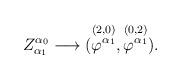
LaTeX: \begin{align*}Z^{\alpha_{0}}_{\alpha_{1}} \longrightarrow(\stackrel{(2,0)}{\varphi^{\alpha_{1}}},\stackrel{(0,2)}{\varphi^{\alpha_{1}}}).\end{align*}